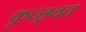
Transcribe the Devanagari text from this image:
कृच्छ्रवत